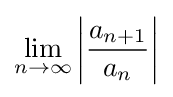
\lim _{n\to \infty }\left|{\frac {a_{n+1}}{a_{n}}}\right|